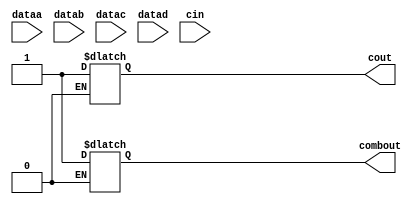
module cycloneii_lcell_comb (
                             dataa,
                             datab,
                             datac,
                             datad,
                             cin,
                             combout,
                             cout
                            );
input dataa;
input datab;
input datac;
input datad;
input cin;
output combout;
output cout;
parameter lut_mask = 16'hFFFF;
parameter sum_lutc_input = "datac";
parameter lpm_type = "cycloneii_lcell_comb";
reg cout_tmp;
reg combout_tmp;
reg [1:0] isum_lutc_input;
wire dataa_in;
wire datab_in;
wire datac_in;
wire datad_in;
wire cin_in;
buf (dataa_in, dataa);
buf (datab_in, datab);
buf (datac_in, datac);
buf (datad_in, datad);
buf (cin_in, cin);
specify
    (dataa => combout) = (0, 0) ;
    (datab => combout) = (0, 0) ;
    (datac => combout) = (0, 0) ;
    (datad => combout) = (0, 0) ;
    (cin => combout) = (0, 0) ;
    (dataa => cout) = (0, 0);
    (datab => cout) = (0, 0);
    (cin => cout) = (0, 0) ;
endspecify
// 4-input LUT function
function lut4;
input [15:0] mask;
input dataa;
input datab;
input datac;
input datad;
begin
    lut4 = datad ? ( datac ? ( datab ? ( dataa ? mask[15] : mask[14])
                                     : ( dataa ? mask[13] : mask[12]))
                           : ( datab ? ( dataa ? mask[11] : mask[10])
                                     : ( dataa ? mask[ 9] : mask[ 8])))
                 : ( datac ? ( datab ? ( dataa ? mask[ 7] : mask[ 6])
                                     : ( dataa ? mask[ 5] : mask[ 4]))
                           : ( datab ? ( dataa ? mask[ 3] : mask[ 2])
                                     : ( dataa ? mask[ 1] : mask[ 0])));
end
endfunction
initial
begin
    if (sum_lutc_input == "datac")
        isum_lutc_input = 0;
    else if (sum_lutc_input == "cin")
        isum_lutc_input = 1;
    else
    begin
        $display ("Error: Invalid sum_lutc_input specified\n");
        isum_lutc_input = 2;
    end
end
always @(datad_in or datac_in or datab_in or dataa_in or cin_in)
begin
    if (isum_lutc_input == 0) // datac
    begin
        combout_tmp = lut4(lut_mask, dataa_in, datab_in,
                            datac_in, datad_in);
        cout_tmp = lut4(lut_mask, dataa_in, datab_in, datac_in, 'b0);
    end
    else if (isum_lutc_input == 1) // cin
        begin
        combout_tmp = lut4(lut_mask, dataa_in, datab_in,
                            cin_in, datad_in);
        cout_tmp = lut4(lut_mask, dataa_in, datab_in, cin_in, 'b0);
    end
end
and (combout, combout_tmp, 1'b1) ;
and (cout, cout_tmp, 1'b1) ;
endmodule